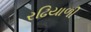
રઢિયાળી